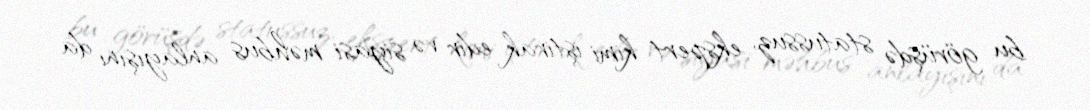
bu görüşdə statussuz, ekspert kimi iştirak edir və siyasi məhbus anlayışını da